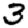
Digit: 3